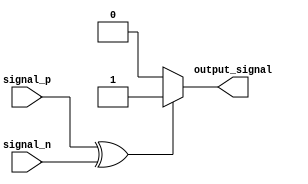
module ECL_Buffer (
    input signal_p,
    input signal_n,
    output reg output_signal
);

reg input_stage_buffer;
reg biasing_circuitry;
reg output_stage;

always @ (signal_p or signal_n) begin
    // Differential input stage
    input_stage_buffer = signal_p ^ signal_n;
    
    // Biasing circuitry
    if (input_stage_buffer) begin
        biasing_circuitry = 1;
    end else begin
        biasing_circuitry = 0;
    end
    
    // Output stage
    if (biasing_circuitry) begin
        output_stage = 1;
    end else begin
        output_stage = 0;
    end
end

// Protection circuitry
always @ (input_stage_buffer) begin
    if (input_stage_buffer) begin
        output_signal = 1;
    end else begin
        output_signal = 0;
    end
end

endmodule